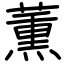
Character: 薫